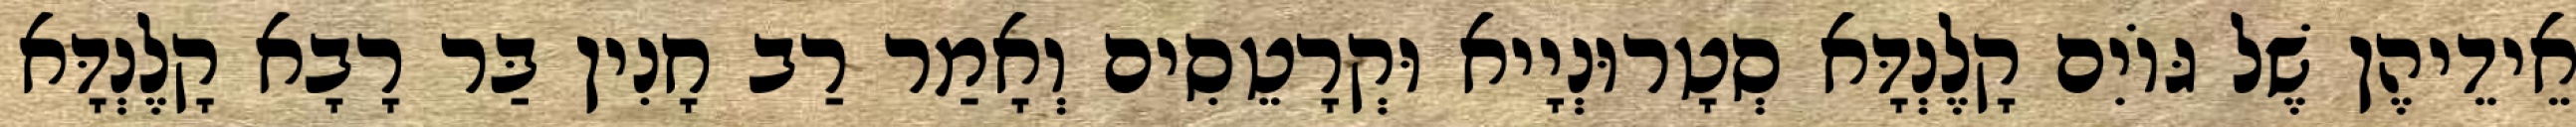
אֵידֵיהֶן שֶׁל גּוֹיִם קָלֶנְדָּא סְטָרוּנְיָיא וּקְרָטֵסִים וְאָמַר רַב חָנִין בַּר רָבָא קָלֶנְדָּא